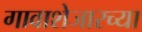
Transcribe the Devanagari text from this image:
गावाशेजारच्या